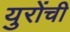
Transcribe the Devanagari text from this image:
युरोंची